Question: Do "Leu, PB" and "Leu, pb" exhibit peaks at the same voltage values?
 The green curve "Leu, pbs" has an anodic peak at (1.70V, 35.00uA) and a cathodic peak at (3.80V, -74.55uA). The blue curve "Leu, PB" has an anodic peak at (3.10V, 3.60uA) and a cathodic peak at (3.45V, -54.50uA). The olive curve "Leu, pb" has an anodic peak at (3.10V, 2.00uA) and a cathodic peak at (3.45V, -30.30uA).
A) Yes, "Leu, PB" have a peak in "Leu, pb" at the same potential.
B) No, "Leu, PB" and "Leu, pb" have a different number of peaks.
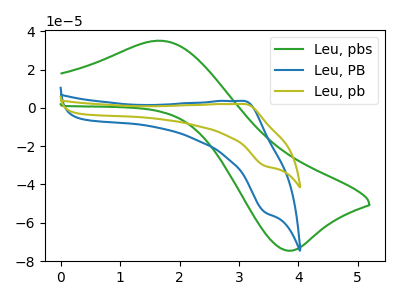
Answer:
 <answer>A) Yes, "Leu, PB" have a peak in "Leu, pb" at the same potential.</answer>
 <eval>A</eval>